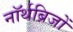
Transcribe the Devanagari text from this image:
नॉर्थब्रिजों